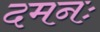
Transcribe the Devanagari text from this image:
दमनः